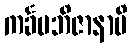
ကင်္ခမဘိဇာနာမိ